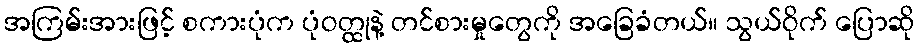
အကြမ်းအားဖြင့် စကားပုံက ပုံဝတ္ထုနဲ့ တင်စားမှုတွေကို အခြေခံတယ်။ သွယ်ဝိုက် ပြောဆို